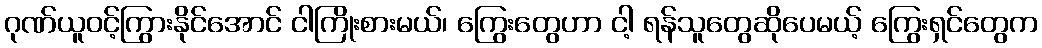
ဂုဏ်ယူဝင့်ကြွားနိုင်အောင် ငါကြိုးစားမယ်၊ ကြွေးတွေဟာ ငါ့ ရန်သူတွေဆိုပေမယ့် ကြွေးရှင်တွေက